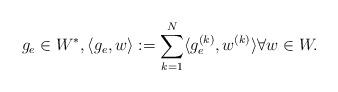
LaTeX: \begin{align*} g_e\in W^*,\langle g_e , w\rangle := \sum_{k=1}^N\langle g_e^{(k)},w^{(k)}\rangle \forall w \in W. \end{align*}